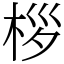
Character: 桚